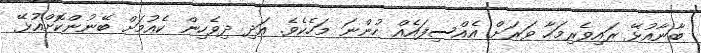
ބާނާއުޅޭ ރައިވެރިމަހާ ވަރަށް އެއްސިފައެއް ހުންނަ މަހެކެވެ. އަދި ދިވެހިން ކެއުމަށް ބޭނުންކޮށްއުޅޭ